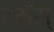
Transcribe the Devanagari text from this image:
टमँस्